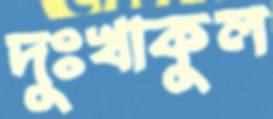
দুঃখাকুল